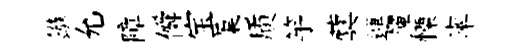
鏃允障僢宝蕖质竽蓂連𥱼慄率